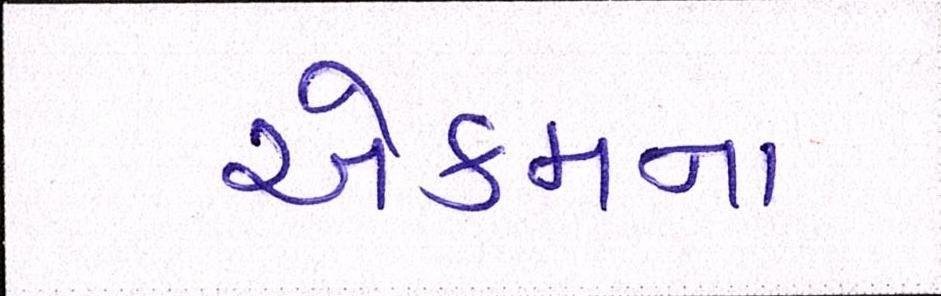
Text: એકમના